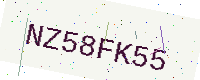
Text: NZ58FK55